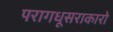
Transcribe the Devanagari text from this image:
परागधूसराकारो